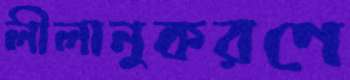
লীলানুকরণে